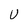
Character: U